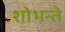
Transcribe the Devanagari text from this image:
शोभन्ते